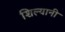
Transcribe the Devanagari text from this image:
शिल्यानी